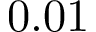
0 . 0 1